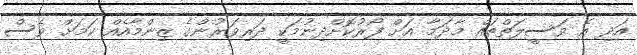
އަދި އެ ވަސީލަތްތައް މާދަމާ އަށް ފޯރުކޮށްދިނުމަކީ ދަރިވަރުންގެ ޒިންމާއެއް ކަމަށް ވެސް